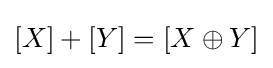
[X]+[Y]=[X\oplus Y]